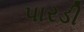
પારડી